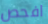
افحص